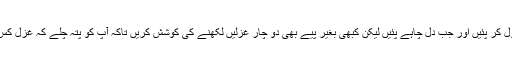
جناب آپ دل کھول کر پئیں اور جب دل چاہے پئیں لیکن کبھی بغیر پیے بھی دو چار غزلیں لکھنے کی کوشش کریں تاکہ آپ کو پتہ چلے کہ غزل کس طرح ہوتی ہے۔